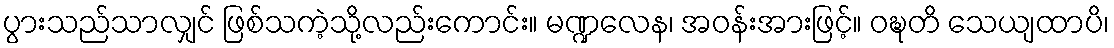
ပွားသည်သာလျှင် ဖြစ်သကဲ့သို့လည်းကောင်း။ မဏ္ဍလေန၊ အဝန်းအားဖြင့်။ ဝဍ္ဎတိ သေယျထာပိ၊